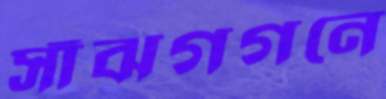
সাঁঝগগনে